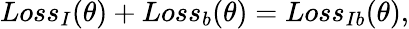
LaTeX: \begin{array}{r}{Loss_{I}(\theta)+Loss_{b}(\theta)=Loss_{Ib}(\theta),}\end{array}